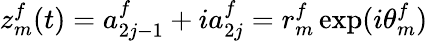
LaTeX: z_{m}^{f}(t)=a_{2j-1}^{f}+ia_{2j}^{f}=r_{m}^{f}\exp(i\theta_{m}^{f})